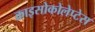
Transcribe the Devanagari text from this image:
क्राइसोकोलेप्टेस